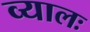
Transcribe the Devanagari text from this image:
व्यालः